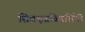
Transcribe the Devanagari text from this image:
शिवसूत्रविमर्शिनी